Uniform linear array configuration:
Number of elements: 4
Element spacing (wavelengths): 0.75
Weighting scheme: cosine
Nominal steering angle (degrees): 0
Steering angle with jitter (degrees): -1.356
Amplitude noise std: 0.05
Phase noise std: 0.05

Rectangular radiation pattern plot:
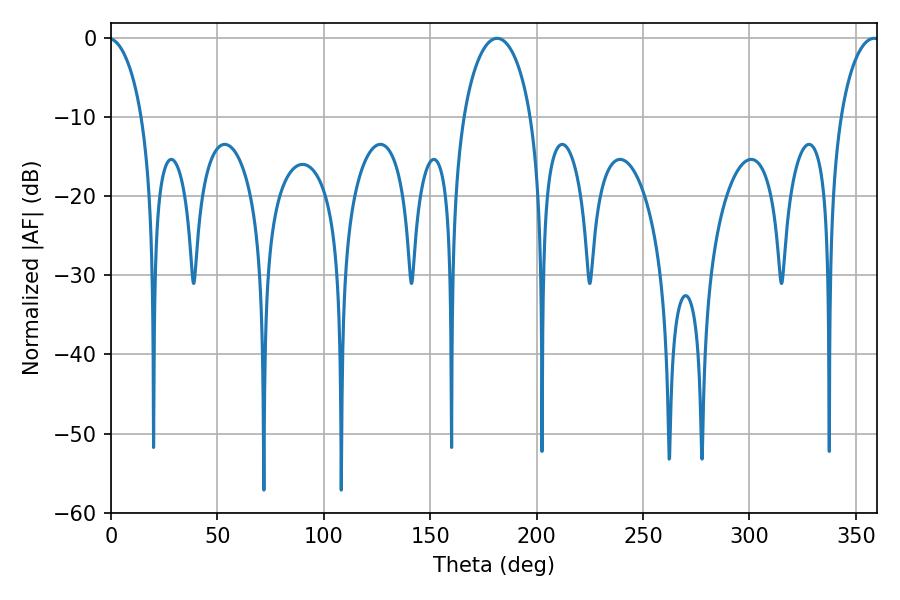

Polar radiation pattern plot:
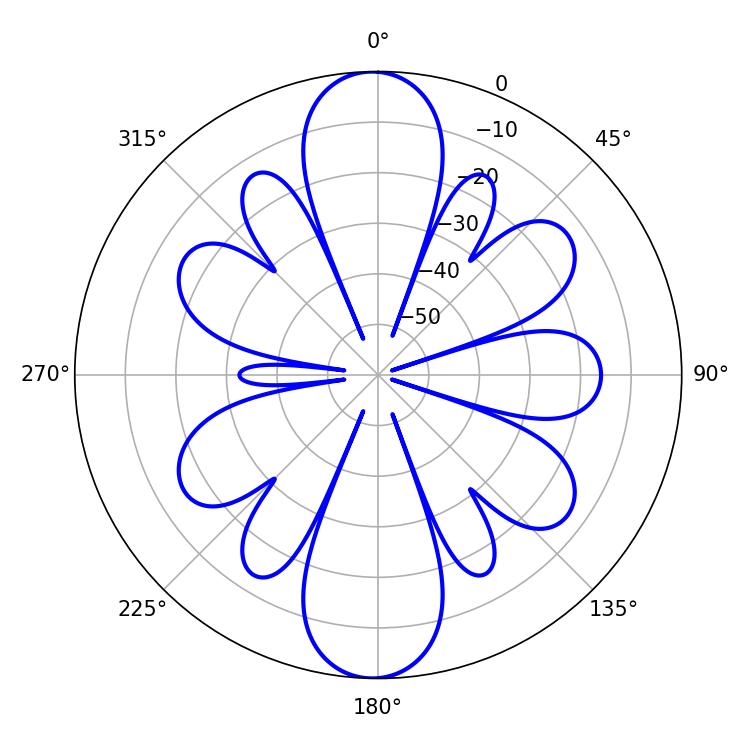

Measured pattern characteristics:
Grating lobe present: TRUE
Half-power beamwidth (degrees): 18.36
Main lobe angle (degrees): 181.44